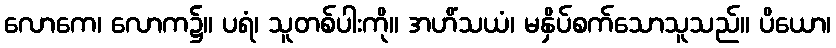
လောကေ၊ လောက၌။ ပရံ၊ သူတစ်ပါးကို။ အဟိံသယံ၊ မနှိပ်စက်သောသူသည်။ ပိယော၊